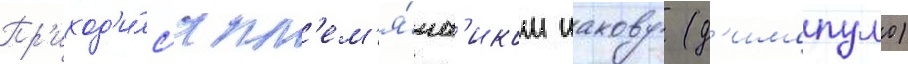
Пр'иход'и́лс'я пл'ем'я́нн'иком иакову (д'имопуло)